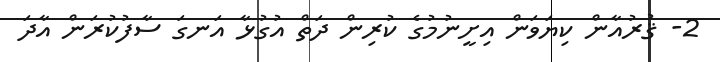
2- ޤުރުއާން ކިޔަވަން އިށީނުމުގެ ކުރިން ދަތް އުގުޅާ އަނގަ ސާފުކުރަން އާދަ